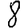
Digit: 8